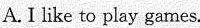
A.I like to play games.